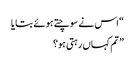
“ اس نے سوچتے ہوئے بتایا
” تم کہاں رہتی ہو؟